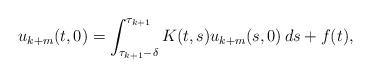
LaTeX: \begin{align*}u_{k+m}(t, 0) = \int_{\tau_{k+1} - \delta}^{\tau_{k+1}} K(t, s) u_{k+m}(s, 0) \, ds + f(t),\end{align*}